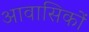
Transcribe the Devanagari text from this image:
आवासिकों